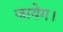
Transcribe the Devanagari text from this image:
जायेग।